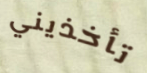
تأخذيني